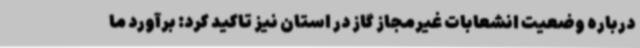
درباره وضعیت انشعابات غیرمجاز گاز در استان نیز تاکید کرد: برآورد ما